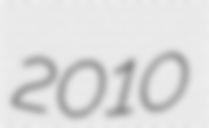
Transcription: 2010